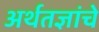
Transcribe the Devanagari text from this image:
अर्थतज्ञांचे